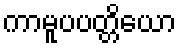
ကာမူပပတ္တိယော